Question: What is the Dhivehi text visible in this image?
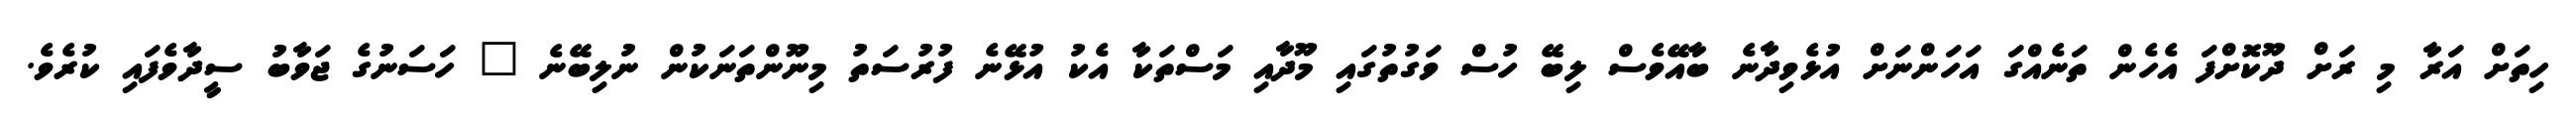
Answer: ހިތަށް އަރާ މި ރަށް ދޫކޮށްފަ އެހެން ތަނެއްގަ އަހަންނަށް އުޅެވިދާނެ ބާއޭވެސް ލިބޭ ހުސް ވަގުތުގައި މޫދާއި މަސްތަކާ އެކު އުޅޭނެ ފުރުސަތު މިނޫންތަނަކުން ނުލިބޭނެ " ހަސަނުގެ ޖަވާބު ސީދާވެފައި ކުރެވެ.